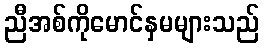
ညီအစ်ကိုမောင်နှမများသည်